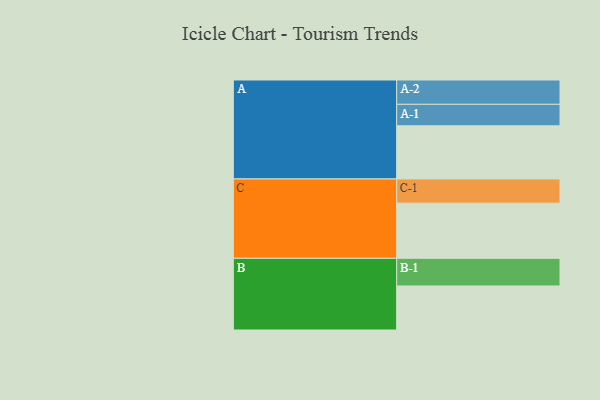
{"axis": {"x": "Segment", "y": "Value"}, "legend": ["", "A", "B", "C"], "data": [{"x": "A", "y": 450, "type": ""}, {"x": "B", "y": 373, "type": ""}, {"x": "C", "y": 467, "type": ""}, {"x": "A-1", "y": 182, "type": "A"}, {"x": "A-2", "y": 206, "type": "A"}, {"x": "B-1", "y": 234, "type": "B"}, {"x": "C-1", "y": 205, "type": "C"}]}